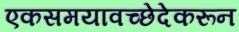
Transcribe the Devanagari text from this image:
एकसमयावच्छेदेकरून